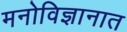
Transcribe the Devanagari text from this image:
मनोविज्ञानात